Annual administration report of the Civil Veterinary Department of India - 1903-1904
Year: 1903
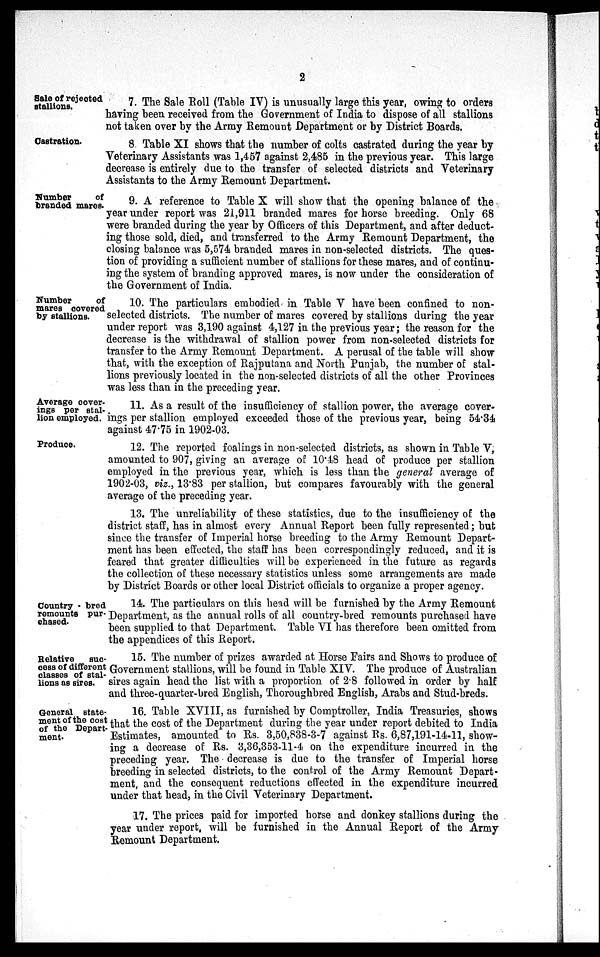
2
Sale of rejected
stallions.
7. The Sale Roll (Table IV) is unusually large this year, owing to orders
having been received from the Government of India to dispose of all stallions
not taken over by the Army Remount Department or by District Boards.
Castration.
8 Table XI shows that the number of colts castrated during the year by
Veterinary Assistants was 1,457 against 2,485 in the previous year. This large
decrease is entirely due to the transfer of selected districts and Veterinary
Assistants to the Army Remount Department.
Number
of
branded mares.
9. A reference to Table X will show that the opening balance of the
year under report was 21,911 branded mares for horse breeding. Only 68
were branded during the year by Officers of this Department, and after deduct-
ing those sold, died, and transferred to the Army Remount Department, the
closing balance was 5,574 branded mares in non-selected districts. The ques-
tion of providing a sufficient number of stallions for these mares, and of continu-
ing the system of branding approved mares, is now under the consideration of
the Government of India.
Number
of
mares covered
by stallions.
10. The particulars embodied in Table V have been confined to non-
selected districts. The number of mares covered by stallions during the year
under report was 3,190 against 4,127 in the previous year; the reason for the
decrease is the withdrawal of stallion power from non-selected districts for
transfer to the Army Remount Department. A perusal of the table will show
that, with the exception of Rajputana and North Punjab, the number of stal-
lions previously located in the non-selected districts of all the other Provinces
was less than in the preceding year.
Average cover-
ings per stal-
lion employed.
11. As a result of the insufficiency of stallion power, the average cover-
ings per stallion employed exceeded those of the previous year, being 54.34
against 47.75 in 1902-03.
Produce.
12. The reported foalings in non-selected districts, as shown in Table V,
amounted to 907, giving an average of 10.48 head of produce per stallion
employed in the previous year, which is less than the general average of
1902-03, viz., 13.83 per stallion, but compares favourably with the general
average of the preceding year.
13. The unreliability of these statistics, due to the insufficiency of the
district staff, has in almost every Annual Report been fully represented; but
since the transfer of Imperial horse breeding to the Army Remount Depart-
ment has been effected, the staff has been correspondingly reduced, and it is
feared that greater difficulties will be experienced in the future as regards
the collection of these necessary statistics unless some arrangements are made
by District Boards or other local District officials to organize a proper agency.
Country - bred
remounts pur-
chased.
14. The particulars on this head will be furnished by the Army Remount
Department, as the annual rolls of all country-bred remounts purchased have
been supplied to that Department. Table VI has therefore been omitted from
the appendices of this Report.
Relative
suc-
cess of different
classes of stal-
lions as aires.
15. The number of prizes awarded at Horse Fairs and Shows to produce of
Government stallions, will be found in Table XIV. The produce of Australian
sires again head the list with a proportion of 2.8 followed in order by half
and three-quarter-bred English, Thoroughbred English, Arabs and Stud-breds.
General state-
ment of the cost
of the Depart-
ment.
16. Table XVIII, as furnished by Comptroller, India Treasuries, shows
that the cost of the Department during the year under report debited to India
Estimates, amounted to Rs. 3,50,838-3-7 against Rs. 6,87,191-14-11, show-
ing a decrease of Rs. 3,36,353-11-4 on the expenditure incurred in the
preceding year. The decrease is due to the transfer of Imperial horse
breeding in selected districts, to the control of the Army Remount Depart-
ment, and the consequent reductions effected in the expenditure incurred
under that head, in the Civil Veterinary Department.
17. The prices paid for imported horse and donkey stallions during the
year under report, will be furnished in the Annual Report of the Army
Remount Department.